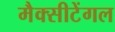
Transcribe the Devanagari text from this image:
मैक्‍सीटेंगल